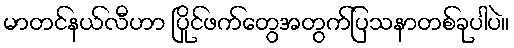
မာတင်နယ်လီဟာ ပြိုင်ဖက်တွေအတွက်ပြသနာတစ်ခုပါပဲ။